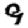
Digit: 9